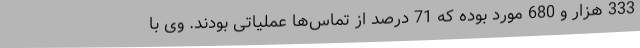
333 هزار و 680 مورد بوده که 71 درصد از تماس‌ها عملیاتی بودند. وی با